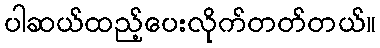
ပါဆယ်ထည့်ပေးလိုက်တတ်တယ်။